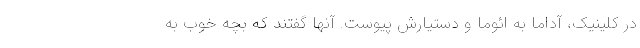
در کلینیک، آداما به ائوما و دستیارش پیوست. آنها گفتند که بچه خوب به